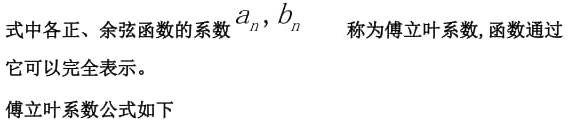
式中各正、余弦函数的系数$a_{n},b_{n}$ 称为傅立叶系数,函数通过它可以完全表示。

傅立叶系数公式如下